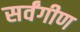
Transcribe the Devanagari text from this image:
सर्वंगीण